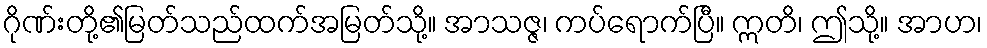
ဂိုဏ်းတို့၏မြတ်သည်ထက်အမြတ်သို့။ အာသဇ္ဇ၊ ကပ်ရောက်ပြီ။ ဣတိ၊ ဤသို့။ အာဟ၊